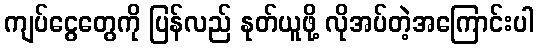
ကျပ်ငွေတွေကို ပြန်လည် နုတ်ယူဖို့ လိုအပ်တဲ့အကြောင်းပါ